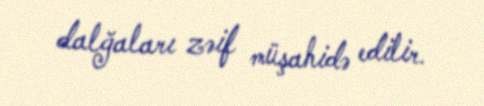
dalğaları zəif müşahidə edilir.